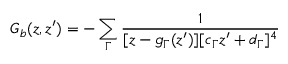
G _ { b } ( z , z ^ { \prime } ) = - \sum _ { \Gamma } \frac { 1 } { [ z - g _ { \Gamma } ( z ^ { \prime } ) ] [ c _ { \Gamma } z ^ { \prime } + d _ { \Gamma } ] ^ { 4 } }